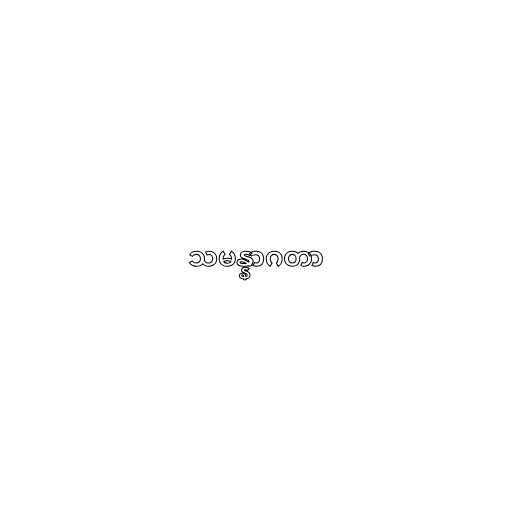
သမန္နာဂတာ